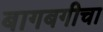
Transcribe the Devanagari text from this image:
बागबगीचा